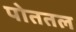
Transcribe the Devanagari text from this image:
पोततल